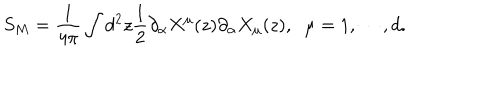
LaTeX: S _ { M } = \frac { 1 } { 4 \pi } \int d ^ { 2 } z \frac { 1 } { 2 } \partial _ { \alpha } X ^ { \mu } ( z ) \partial _ { \alpha } X _ { \mu } ( z ) , \; \; \mu = 1 , \cdots , d .